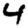
Digit: 4